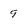
Character: 9